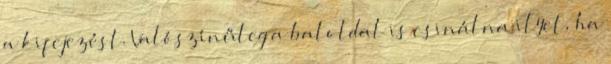
a kifejezést. Valószínűleg a baloldal is csinálna ilyet, ha